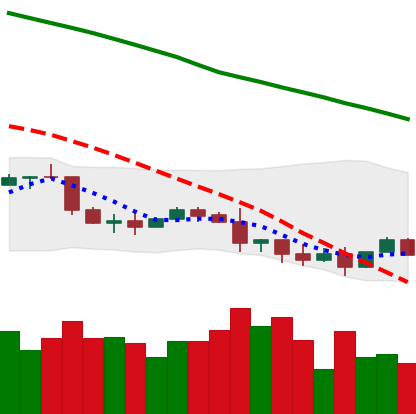
Ticker: NEO-USD
Chart end date: 2022-01-13
Forward return: 7.858%
Label: up_7plus